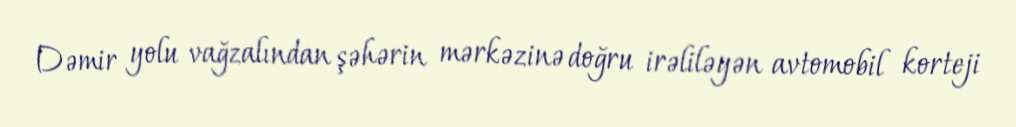
Dəmir yolu vağzalından şəhərin mərkəzinə doğru irəliləyən avtomobil korteji